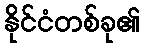
နိုင်ငံတစ်ခု၏